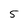
Character: 5